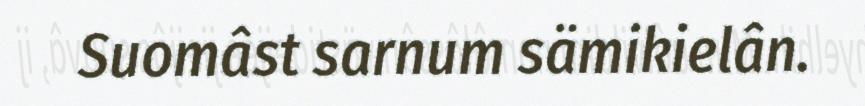
Suomâst sarnum sämikielân.